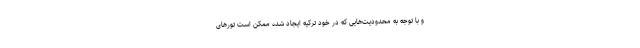
و با توجه به محدودیت‌هایی که در خود ترکیه ایجاد شده ممکن است تورهای